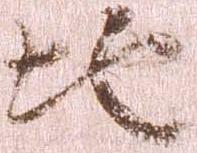
地